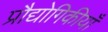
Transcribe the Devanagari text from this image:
प्रौद्योगिकीयाँ